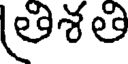
తిశతి